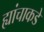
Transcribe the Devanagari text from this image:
ह्यांचाकडे